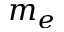
m _ { e }